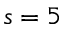
s = 5